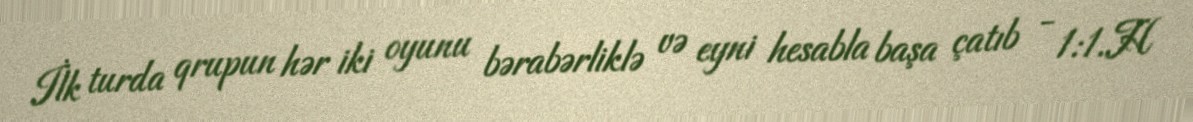
İlk turda qrupun hər iki oyunu bərabərliklə və eyni hesabla başa çatıb - 1:1.H